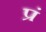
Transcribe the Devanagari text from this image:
प्रं